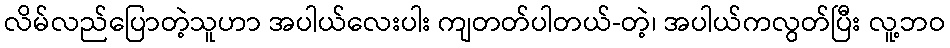
လိမ်လည်ပြောတဲ့သူဟာ အပါယ်လေးပါး ကျတတ်ပါတယ်-တဲ့၊ အပါယ်ကလွတ်ပြီး လူ့ဘဝ